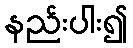
နည်းပါး၍